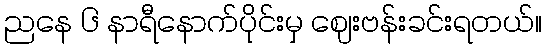
ညနေ ၆ နာရီနောက်ပိုင်းမှ ဈေးဗန်းခင်းရတယ်။